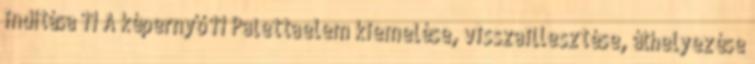
indítása 11 A képernyő 11 Palettaelem kiemelése, visszaillesztése, áthelyezése